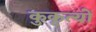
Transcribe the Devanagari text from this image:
कुकृत्‍यों